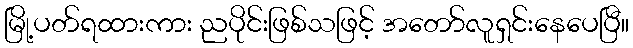
မြို့ပတ်ရထားကား ညပိုင်းဖြစ်သဖြင့် အတော်လူရှင်းနေပေပြီ။